Annual vaccination report of Bihar and Orissa - 1911-1928
Year: 1911
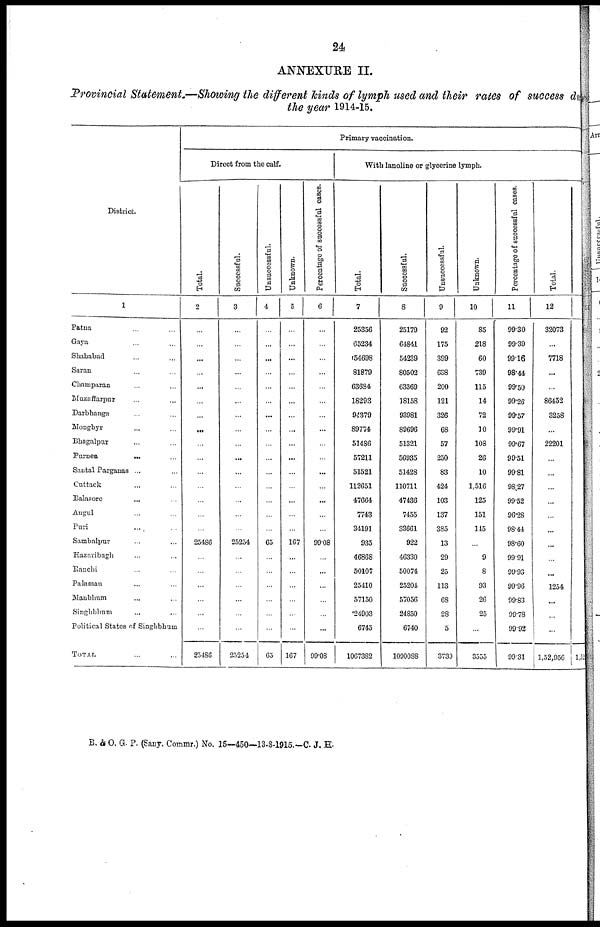
24
ANNEXURE II.
Provincial Statement.—Showing the different kinds of lymph used and their rates of success du
the year 1914-15.
District.
1
Patna ... ...
Gaya ... ...
Shahabad ... ...
Saran ... ...
Champaran ... ...
Muzaffarpur ... ...
Darbhanga ... ...
Monghyr ... ...
Bhagalpur ... ...
Purnea
...
...
Santal Parganas ... ...
Cuttack ... ...
Balasore ... ...
Angul ... ...
Puri ... ...
Sambalpur ... ...
Hazaribagh ... ...
Ranchi ... ...
Palaman ... ...
Manbhum ... ...
Singhbhum ... ...
Political States of Singhbhum
TOTAL ... ...
Primary vaccination.
Direct from the calf.
Total.
2
...
...
...
...
...
...
...
...
...
...
...
...
...
...
...
25486
...
...
...
...
...
...
25486
Successful.
3
...
...
...
...
...
...
...
...
...
...
...
...
...
...
...
25254
...
...
...
...
...
...
25254
Unsuccessful.
4
...
...
...
...
...
...
...
...
...
...
...
...
...
...
...
65
...
...
...
...
...
...
65
Unknown.
5
...
...
...
...
...
...
...
...
...
...
...
...
...
...
...
167
...
...
...
...
...
...
167
Percentage of successful cases.
6
...
...
...
...
...
...
...
...
...
...
...
...
...
...
...
99.08
...
...
...
...
...
...
99.08
With lanoline or glycerine lymph.
Total.
7
25356
65234
54698
81879
63684
18293
94379
89774
51486
57211
51521
112651
47664
7743
34191
935
46868
50107
25410
57150
24903
6745
1067382
Successful.
8
25179
64841
54239
80502
63369
18158
93981
89696
51321
56935
51428
110711
47436
7455
33661
922
46330
50074
25204
57056
24850
6740
1090088
Unsuccessful.
9
92
175
399
638
200
121
326
68
57
250
83
424
103
137
385
13
29
25
113
68
28
5
3739
Unknown.
10
85
218
60
739
115
14
72
10
108
26
10
1,516
125
151
145
...
9
8
93
26
25
...
3555
Percentage of successful cases.
11
99.30
99.39
99.16
98.44
99.50
99.26
99.57
99.91
99.67
99.51
99.81
98.27
99.52
96.28
98.44
98.60
99.91
99.93
99.96
99.83
99.78
99.92
99.31
Total.
12
32073
...
7718
...
...
86452
3258
...
22201
...
...
...
...
...
...
...
...
...
1254
...
...
...
1,52,956 1,52
B. & O. G. P. (Sany. Commr.) No. 15—450—13-8-1915.—C. J. H.